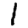
Digit: 1